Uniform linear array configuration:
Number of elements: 48
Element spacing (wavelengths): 0.5
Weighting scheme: kaiser
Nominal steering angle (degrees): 15
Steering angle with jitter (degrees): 15.713
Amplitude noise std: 0.05
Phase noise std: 0.05

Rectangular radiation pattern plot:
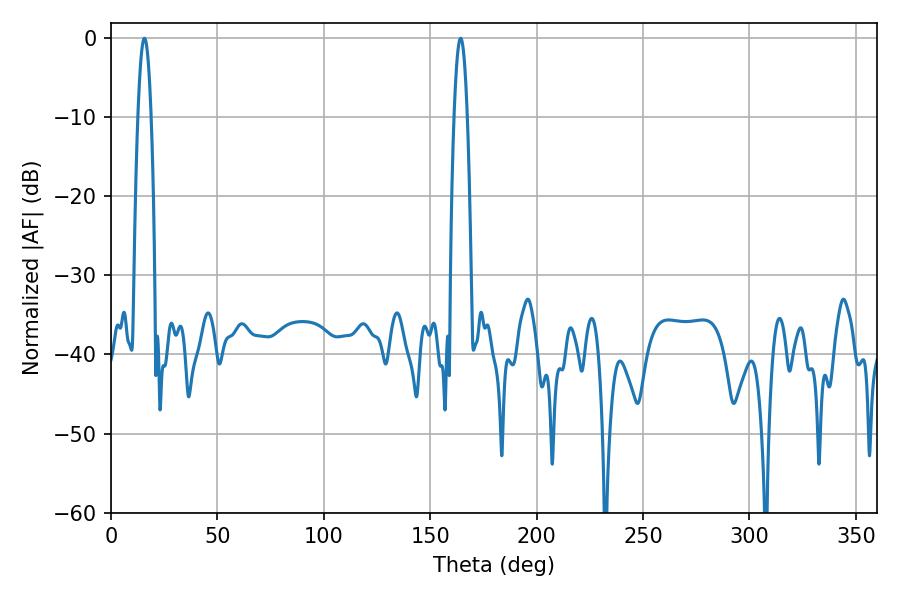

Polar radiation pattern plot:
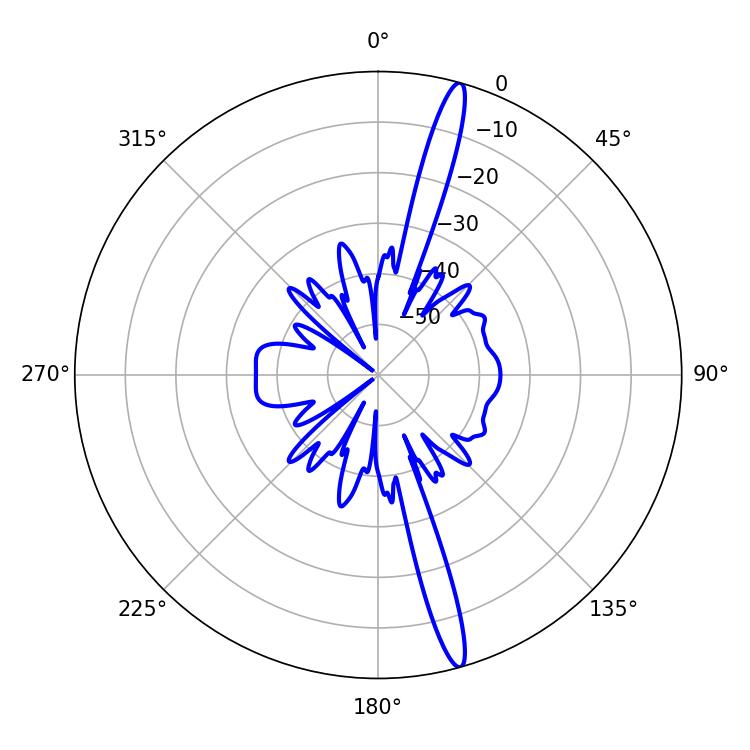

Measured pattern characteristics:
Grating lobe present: FALSE
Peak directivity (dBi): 17.535
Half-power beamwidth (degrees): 3.42
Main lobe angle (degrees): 15.66